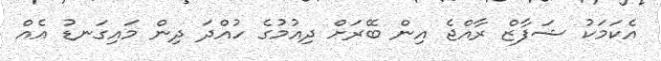
އެކަމަކު ޝަފާޒް ރާއްޖެ އިން ބޭރަށް ދިއުމުގެ ހުއްދަ ދިން މައިގަނޑު އެއް